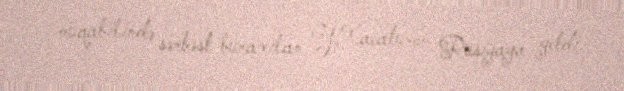
müqabilində sərbəst buraxılan Y.Xaçaturov Rusiyaya getdi.